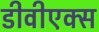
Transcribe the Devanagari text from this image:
डीवीएक्स